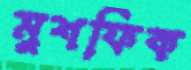
মুশফিক